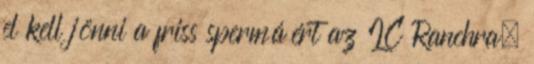
el kell jönni a friss spermáért az IC Ranchra.